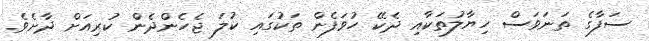
ސަފާގެ ތަނަވަސް ހިޔާލުތަކާއި ދެކޭ ހުވަފެން ތަކުގައި ކުލަ ޖެހެންދެން ކުރިއަށް ދާށެވެ.